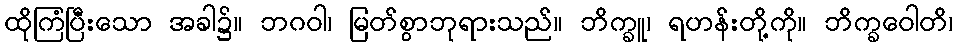
ထိုကြံပြီးသော အခါ၌။ ဘဂဝါ၊ မြတ်စွာဘုရားသည်။ ဘိက္ခူ၊ ရဟန်းတို့ကို။ ဘိက္ခဝေါတိ၊